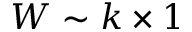
W \sim k \times 1